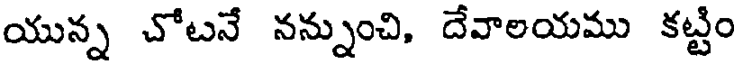
యున్న చోటనే నన్నుంచి, దేవాలయము కట్టిం